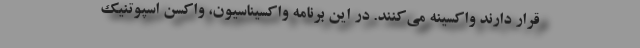
قرار دارند واکسینه می‌کنند. در این برنامه واکسیناسیون، واکسن اسپوتنیک